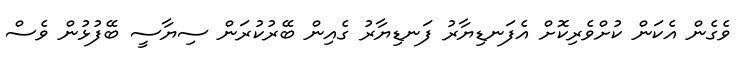
ވެގެން އެކަން ކުށްވެރިކޮށް އެފަނޑިޔާރު ފަނޑިޔާރު ގެއިން ބޭރުކުރަން ސިޔާސީ ބޭފުޅުން ވެސް